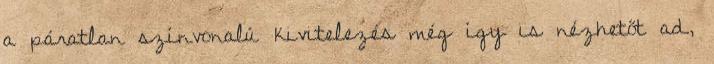
a páratlan színvonalú kivitelezés még így is nézhetőt ad,